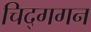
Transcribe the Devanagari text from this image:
चिद्‌गगन